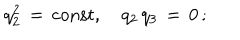
q _ { 2 } ^ { 2 } \, = \, \mathrm { c o n s t } , \quad q _ { 2 } \, q _ { 3 } \, = \, 0 \, { ; }